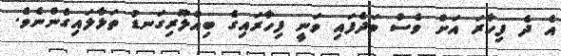
އެ ދެ ފިހާރަ އަށް ވެސް ވަދެފައި ވަނީ ފިހާރައިގެ ބިއްލޫރިގަނޑު ތަޅާލައިގެންނެވެ.